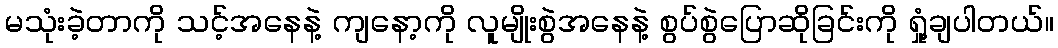
မသုံးခဲ့တာကို သင့်အနေနဲ့ ကျနော့ကို လူမျိုးစွဲအနေနဲ့ စွပ်စွဲပြောဆိုခြင်းကို ရှုံ့ချပါတယ်။